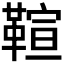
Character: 𩋢